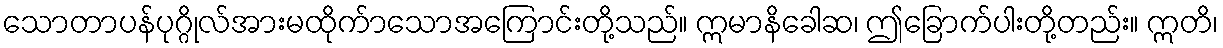
သောတာပန်ပုဂ္ဂိုလ်အားမထိုက်ာသောအကြောင်းတို့သည်။ ဣမာနိခေါဆ၊ ဤခြောက်ပါးတို့တည်း။ ဣတိ၊